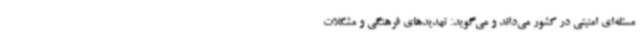
مسئله‌ای امنیتی در کشور می‌داند و می‌گوید: تهدیدهای فرهنگی و مشکلات